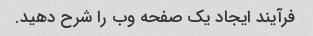
فرآیند ایجاد یک صفحه وب را شرح دهید.